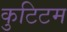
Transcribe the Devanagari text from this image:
कुटिटम